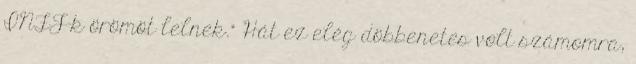
INFJ-k örömöt lelnek." Hát ez elég döbbenetes volt számomra,